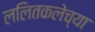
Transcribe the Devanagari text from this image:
ललितकलेच्या